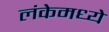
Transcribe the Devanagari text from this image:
लंकेमध्ये